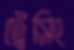
ট্রেসিং